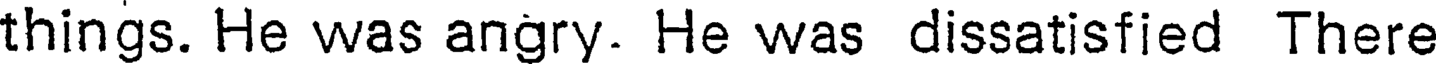
things. He was angry. He was dissatisfied There